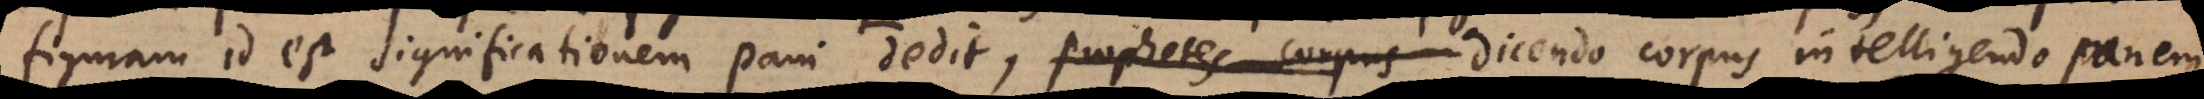
figuram id est significationem pani dedit, prophetes corpus dicendo corpus, intelligendo panem,